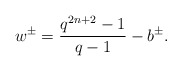
\begin{align*}w^\pm=\frac{q^{2n+2}-1}{q-1}-b^\pm.\end{align*}